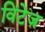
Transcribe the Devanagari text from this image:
विंटेज़